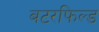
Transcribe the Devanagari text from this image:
बटरफिल्ड